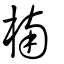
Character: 楠